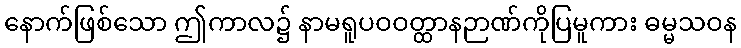
နောက်ဖြစ်သော ဤကာလ၌ နာမရူပဝဝတ္ထာနဉာဏ်ကိုပြမူကား ဓမ္မသဝန